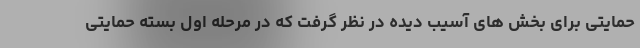
حمایتی برای بخش های آسیب دیده در نظر گرفت که در مرحله اول بسته حمایتی